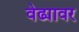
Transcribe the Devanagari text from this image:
वेढ्यावर